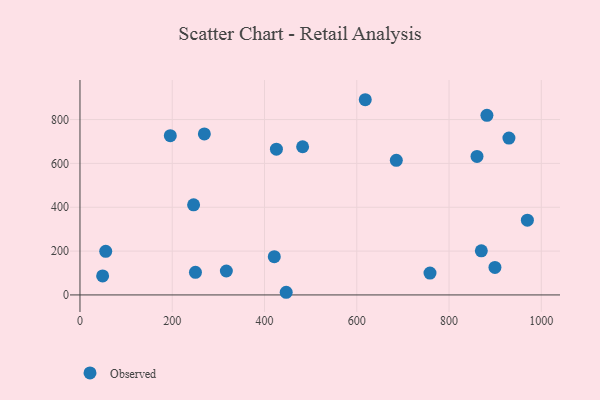
{"axis": {"x": "Speed", "y": "Salary"}, "legend": ["Observed"], "data": [{"x": "55.8", "y": 198.7, "type": "Observed"}, {"x": "425.8", "y": 664.7, "type": "Observed"}, {"x": "969.8", "y": 341.1, "type": "Observed"}, {"x": "250.3", "y": 103.0, "type": "Observed"}, {"x": "860.6", "y": 631.9, "type": "Observed"}, {"x": "482.6", "y": 675.9, "type": "Observed"}, {"x": "899.5", "y": 125.4, "type": "Observed"}, {"x": "618.4", "y": 890.5, "type": "Observed"}, {"x": "269.6", "y": 734.6, "type": "Observed"}, {"x": "421.2", "y": 174.4, "type": "Observed"}, {"x": "882.1", "y": 819.4, "type": "Observed"}, {"x": "49.1", "y": 86.8, "type": "Observed"}, {"x": "447.0", "y": 12.1, "type": "Observed"}, {"x": "870.0", "y": 201.0, "type": "Observed"}, {"x": "929.8", "y": 715.7, "type": "Observed"}, {"x": "195.8", "y": 726.5, "type": "Observed"}, {"x": "246.3", "y": 411.1, "type": "Observed"}, {"x": "685.7", "y": 614.0, "type": "Observed"}, {"x": "317.3", "y": 109.2, "type": "Observed"}, {"x": "758.7", "y": 99.9, "type": "Observed"}]}